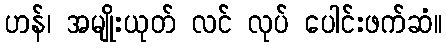
ဟန်၊ အမျိုးယုတ် လင် လုပ် ပေါင်းဖက်ဆံ။